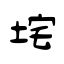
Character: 垞